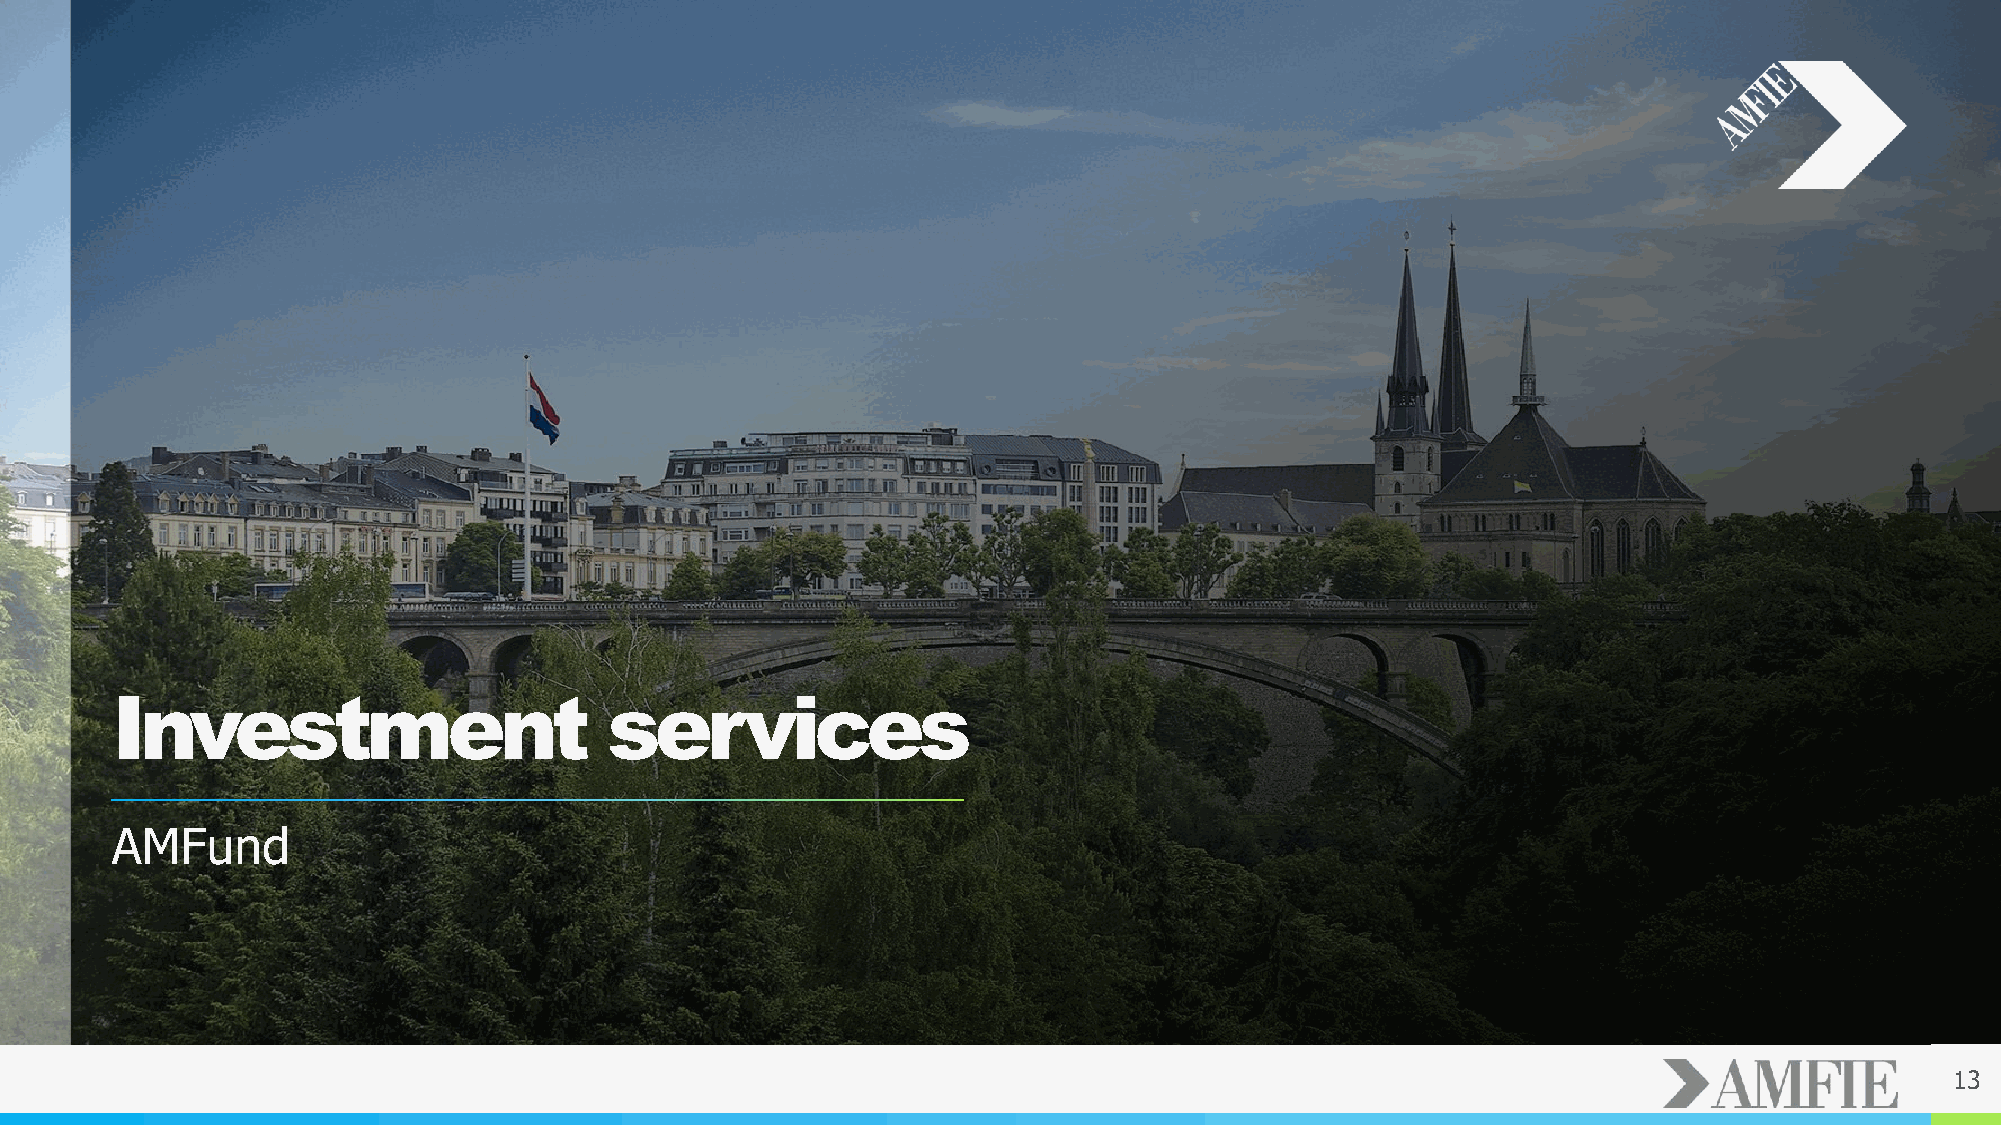
Investment                       services
 AMFund
 13